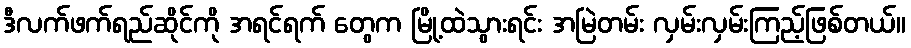
ဒီလက်ဖက်ရည်ဆိုင်ကို အရင်ရက် တွေက မြို့ထဲသွားရင်း အမြဲတမ်း လှမ်းလှမ်းကြည့်ဖြစ်တယ်။